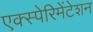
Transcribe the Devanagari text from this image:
एक्स्पेरिमेंटेशन